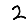
Digit: 2